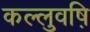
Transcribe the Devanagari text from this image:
कल्लुवष़ि